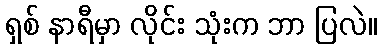
ရှစ် နာရီမှာ လိုင်း သုံးက ဘာ ပြလဲ။